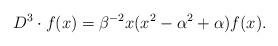
LaTeX: \begin{align*}D^{3}\cdot f(x)=\beta^{-2}x(x^{2}-\alpha^{2}+\alpha)f(x).\end{align*}